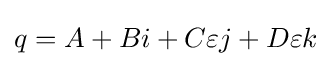
q=A+Bi+C\varepsilon j+D\varepsilon k